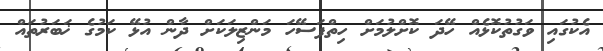
އެކުގައި ވަގުތުކޮޅެއް ހޭދަ ކޮށްލުމަށް ހިތްފަސޭހަ މަންޒިލަކަށް ދާން އުޅޭ ކަމުގެ ޚަބަރުތައް